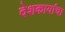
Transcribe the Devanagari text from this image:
देशकार्याचा